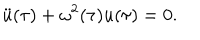
LaTeX: \ddot { u } ( \tau ) + \omega ^ { 2 } ( \tau ) { u } ( \tau ) = 0 .